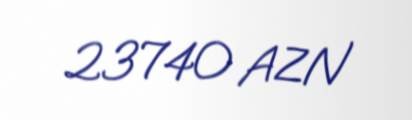
23740 AZN